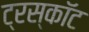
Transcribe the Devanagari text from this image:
ट्रस्कॉट